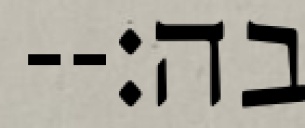
בה׃--